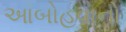
આબોહવાનો